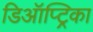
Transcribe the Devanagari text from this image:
डिऑप्ट्रिका